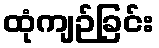
ထုံကျဉ်ခြင်း